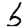
Digit: 5